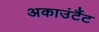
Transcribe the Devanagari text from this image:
अकाउंटैंट